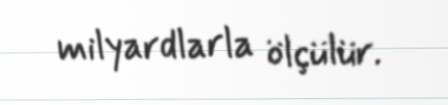
milyardlarla ölçülür.